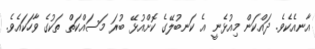
އާނއެކެވެ. ދައްކަން މިއުޅެނީ އެ ކަނބުލޭގެ ކޮށްއުޅޭ ބުރަ މަސައްކަތް ތަކުގެ ވާހަކައެވެ.